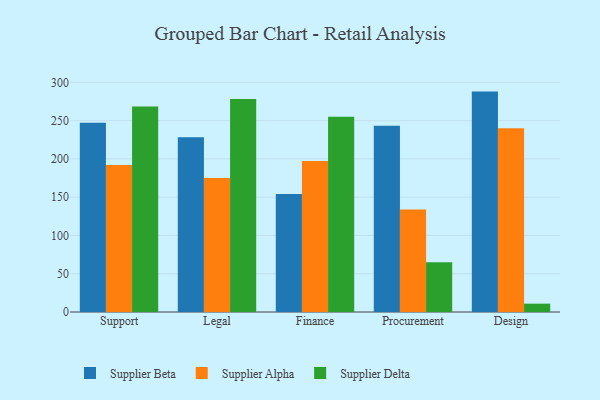
{"axis": {"x": "Department", "y": "Operating Costs (USD K)"}, "legend": ["Supplier Alpha", "Supplier Beta", "Supplier Delta"], "data": [{"x": "Support", "y": 247.2, "type": "Supplier Beta"}, {"x": "Support", "y": 192.1, "type": "Supplier Alpha"}, {"x": "Support", "y": 268.3, "type": "Supplier Delta"}, {"x": "Legal", "y": 228.3, "type": "Supplier Beta"}, {"x": "Legal", "y": 174.9, "type": "Supplier Alpha"}, {"x": "Legal", "y": 278.2, "type": "Supplier Delta"}, {"x": "Finance", "y": 154.2, "type": "Supplier Beta"}, {"x": "Finance", "y": 197.1, "type": "Supplier Alpha"}, {"x": "Finance", "y": 255.1, "type": "Supplier Delta"}, {"x": "Procurement", "y": 243.4, "type": "Supplier Beta"}, {"x": "Procurement", "y": 134.0, "type": "Supplier Alpha"}, {"x": "Procurement", "y": 65.0, "type": "Supplier Delta"}, {"x": "Design", "y": 287.9, "type": "Supplier Beta"}, {"x": "Design", "y": 240.0, "type": "Supplier Alpha"}, {"x": "Design", "y": 10.9, "type": "Supplier Delta"}]}